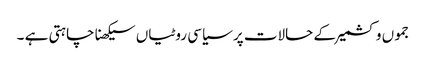
جموں و کشمیر کے حالات پر سیاسی روٹیاں سیکھنا چاہتی ہے ۔